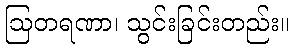
ဩတရဏာ၊ သွင်းခြင်းတည်း။